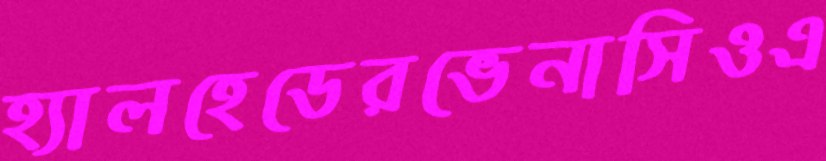
হ্যালহেডেরভেনাসিওএ